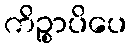
ကိဉ္စာပိပေ